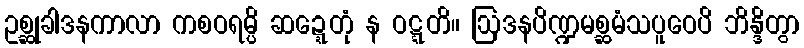
ဥစ္ဆုခါဒနကာလာ ကစဝရမ္ပိ ဆဍ္ဍေတုံ န ဝဋ္ဋတိ။ ဩဒနပိဏ္ဍမစ္ဆမံသပူဝေပိ ဘိန္ဒိတွာ